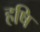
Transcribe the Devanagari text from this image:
हषि